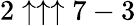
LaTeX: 2\uparrow\uparrow\uparrow 7-3